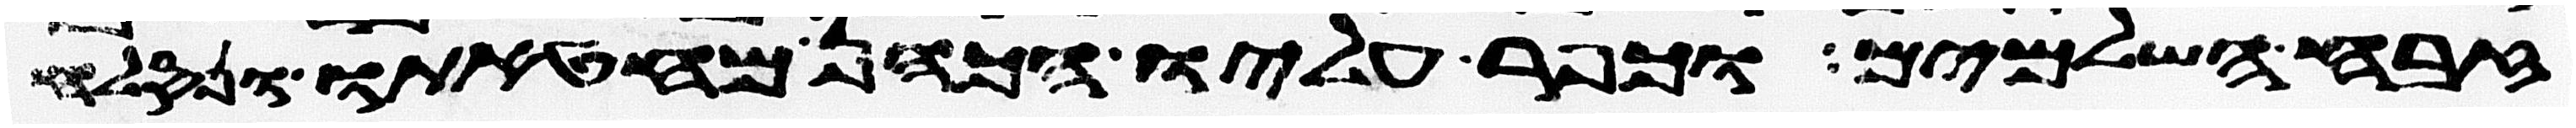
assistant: זבח השלמים וכפר עליו הכהן מחטאתו ונסלח